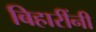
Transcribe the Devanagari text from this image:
बिहारींनी